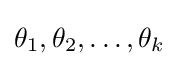
\theta _{1},\theta _{2},\dots ,\theta _{k}